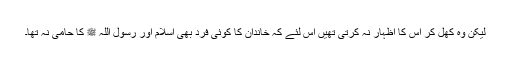
لیکن وہ کھل کر اس کا اظہار نہ کرتی تھیں اس لئے کہ خاندان کا کوئی فرد بھی اسلام اور رسول اللہ ﷺ کا حامی نہ تھا۔